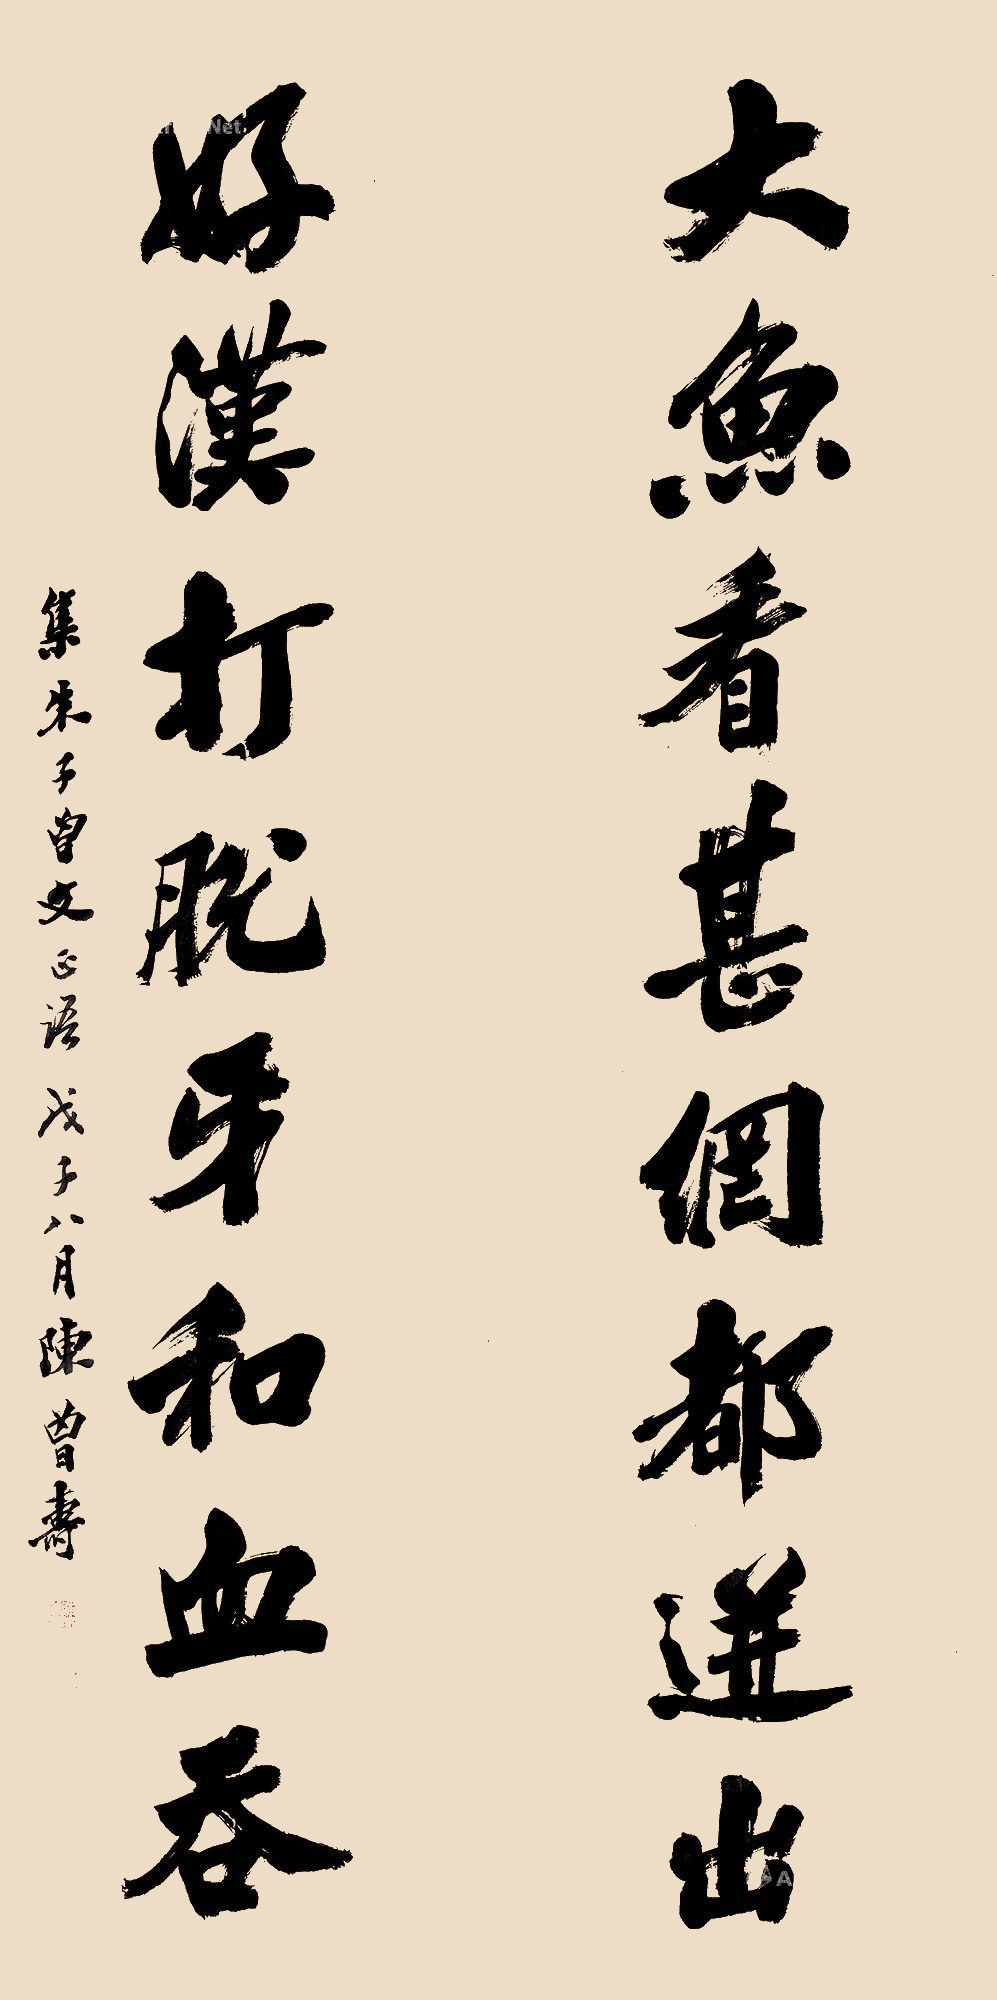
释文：大鱼看甚网都迸出，好汉打脱牙和血吞。集朱子、曾文正语，戊子（1948）八月，陈曾寿。